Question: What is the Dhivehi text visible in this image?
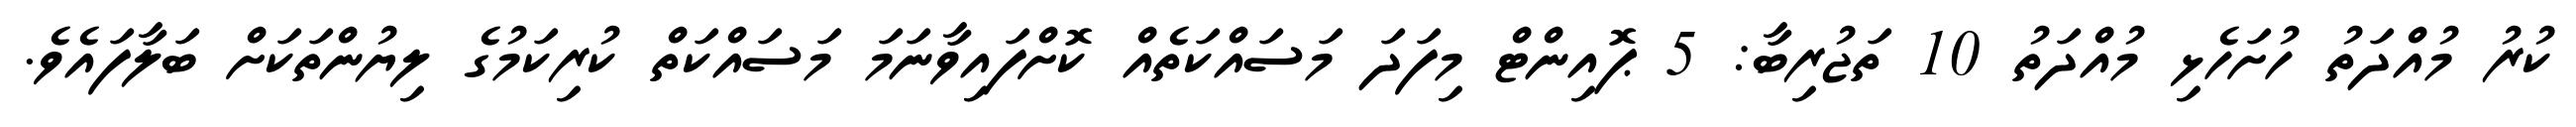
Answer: ކުރު މުއްދަތު ހުށަހެޅި މުއްދަތު 10 ތަޖުރިބާ: 5 ޕޮއިންޓް މިފަދަ މަސައްކަތެއް ކޮށްފައިވާނަމަ މަސައްކަތް ކުރިކަމުގެ ލިޔުންތަކަށް ބަލާފައެވެ.